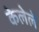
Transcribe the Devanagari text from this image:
केलेेले